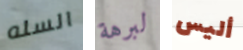
السله لبرهة أليس